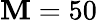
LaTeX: \displaystyle\mathbf{M}=50